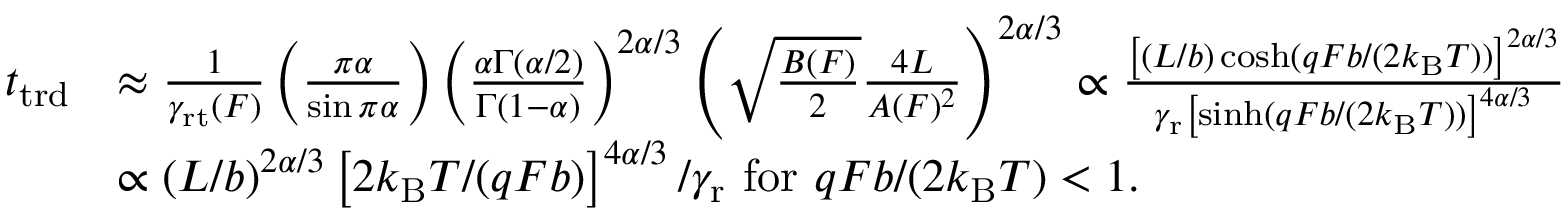
\begin{array} { r l } { t _ { \mathrm { t r d } } } & { \approx \frac { 1 } { \gamma _ { \mathrm { r t } } ( F ) } \left( \frac { \pi \alpha } { \sin \pi \alpha } \right) \left( \frac { \alpha \Gamma ( \alpha / 2 ) } { \Gamma ( 1 - \alpha ) } \right) ^ { 2 \alpha / 3 } \left( \sqrt { \frac { B ( F ) } { 2 } } \frac { 4 L } { A ( F ) ^ { 2 } } \right) ^ { 2 \alpha / 3 } \propto \frac { \left[ ( L / b ) \cosh ( q F b / ( 2 k _ { \mathrm { B } } T ) ) \right] ^ { 2 \alpha / 3 } } { \gamma _ { \mathrm { r } } \left[ \sinh ( q F b / ( 2 k _ { \mathrm { B } } T ) ) \right] ^ { 4 \alpha / 3 } } } \\ & { \propto ( L / b ) ^ { 2 \alpha / 3 } \left[ 2 k _ { \mathrm { B } } T / ( q F b ) \right] ^ { 4 \alpha / 3 } / \gamma _ { \mathrm { r } } \mathrm { ~ f o r ~ } q F b / ( 2 k _ { \mathrm { B } } T ) < 1 . } \end{array}